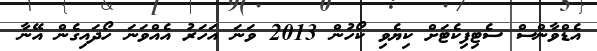
އެޑްވާންސް ސެޓިފިކެޓަށް ކިޔެވި ކޯހުން 2013 ވަނަ އަހަރު އެއްވަނަ ހޯދައިގެން އޭނާ